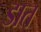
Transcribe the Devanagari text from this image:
डात